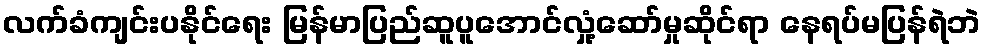
လက်ခံကျင်းပနိုင်ရေး မြန်မာပြည်ဆူပူအောင်လှုံ့ဆော်မှုဆိုင်ရာ နေရပ်မပြန်ရဲဘဲ